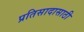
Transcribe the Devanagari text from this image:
प्रतिसादासाठी